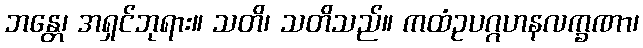
ဘန္တေ၊ အရှင်ဘုရား။ သတိ၊ သတိသည်။ ကထံဥပဂ္ဂဟနလက္ခဏာ၊